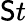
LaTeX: \mathsf{S}t